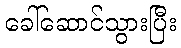
ခေါ်ဆောင်သွားပြီး